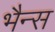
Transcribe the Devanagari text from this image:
भैन्स